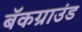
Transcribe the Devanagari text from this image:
बॅकग्राउंड